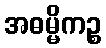
အဓမ္မိကဉ္စ